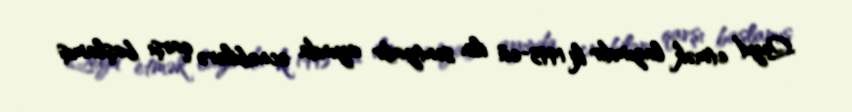
Qeyd etmək lazımdır ki 1993-cü ilin sentyabr ayında əcnəbilərə qarşı başlamış